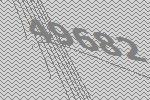
49682